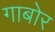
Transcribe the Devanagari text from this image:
गाबोर